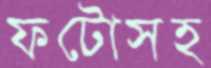
ফটোসহ